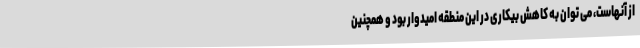
از آنهاست، می توان به کاهش بیکاری در این منطقه امیدوار بود و همچنین